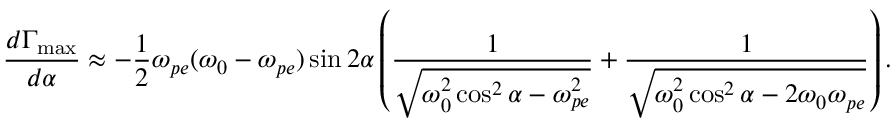
\frac { d \Gamma _ { \mathrm { m a x } } } { d \alpha } \approx - \frac { 1 } { 2 } \omega _ { p e } ( \omega _ { 0 } - \omega _ { p e } ) \sin 2 \alpha \left( \frac { 1 } { \sqrt { \omega _ { 0 } ^ { 2 } \cos ^ { 2 } \alpha - \omega _ { p e } ^ { 2 } } } + \frac { 1 } { \sqrt { \omega _ { 0 } ^ { 2 } \cos ^ { 2 } \alpha - 2 \omega _ { 0 } \omega _ { p e } } } \right) .